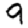
Digit: 9